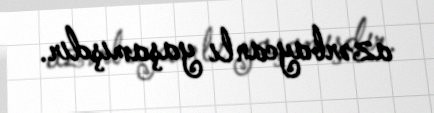
azərbaycanlı yaşamışdır.